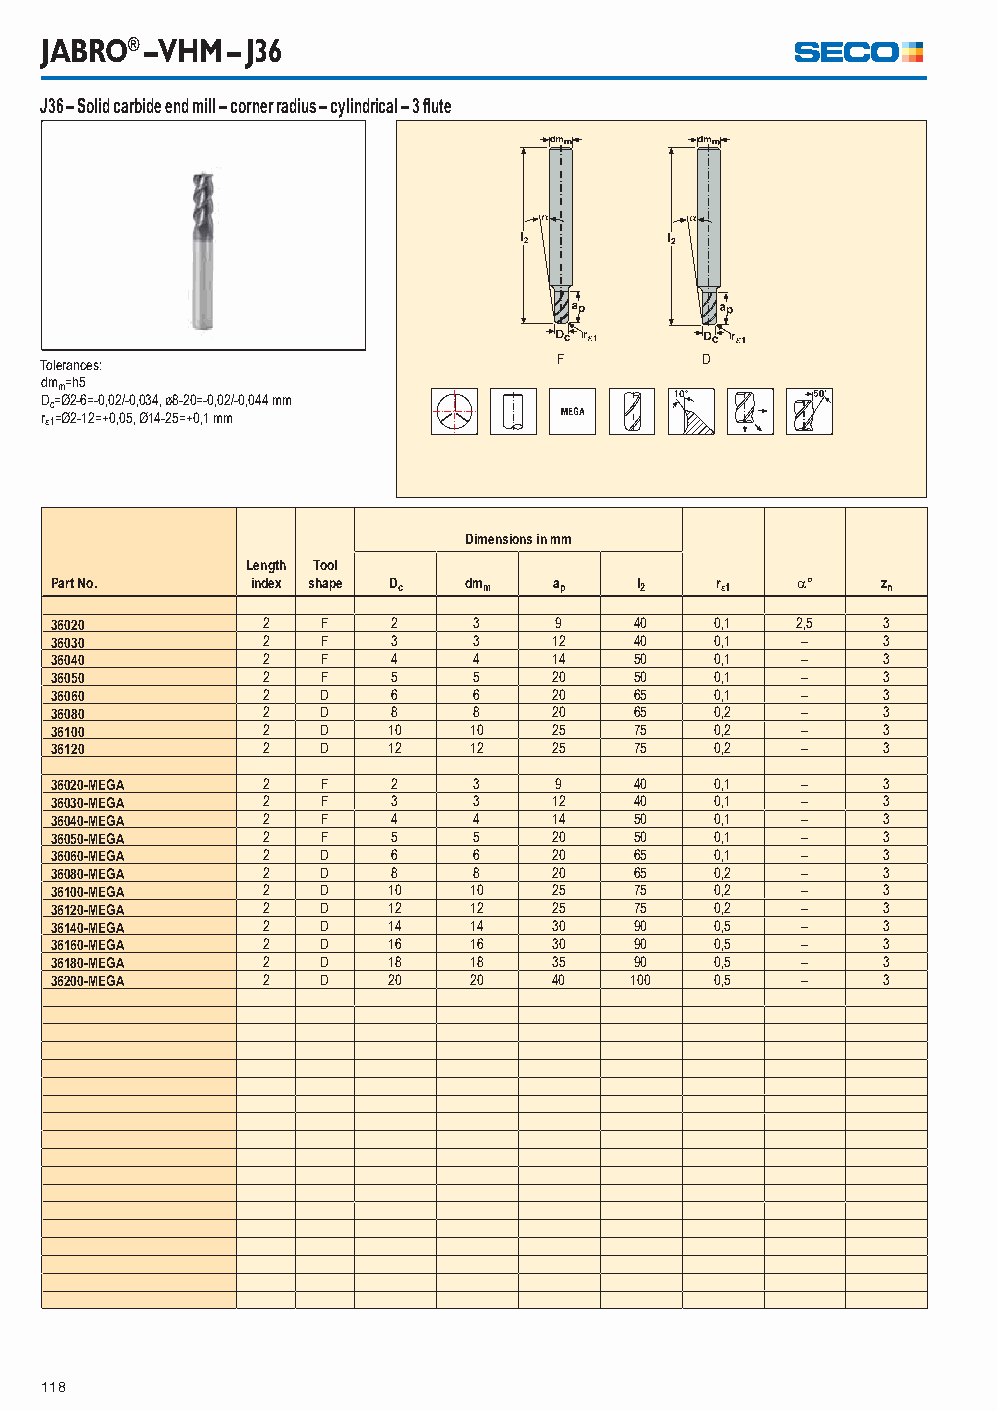
JABRO® – VHM – J36
 J36 – Solid carbide end mill – corner radius – cylindrical – 3 fl ute
 Tolerances:                       F         D
 dmm=h5
 Dc=Ø2-6=-0,02/-0,034, ø8-20=-0,02/-0,044 mm
 r1=Ø2-12=+0,05, Ø14-25=+0,1 mm
 Dimensions in mm
 Length Tool
 Part No.      index shape Dc dmm  ap   l2   r1   °   zn
 36020         2   F    2    3     9    40   0,1   2,5  3
 36030         2   F    3    3     12   40   0,1   –    3
 36040         2   F    4    4     14   50   0,1   –    3
 36050         2   F    5    5     20   50   0,1   –    3
 36060         2   D    6    6     20   65   0,1   –    3
 36080         2   D    8    8     20   65   0,2   –    3
 36100         2   D    10   10    25   75   0,2   –    3
 36120         2   D    12   12    25   75   0,2   –    3
 36020-MEGA    2   F    2    3     9    40   0,1   –    3
 36030-MEGA    2   F    3    3     12   40   0,1   –    3
 36040-MEGA    2   F    4    4     14   50   0,1   –    3
 36050-MEGA    2   F    5    5     20   50   0,1   –    3
 36060-MEGA    2   D    6    6     20   65   0,1   –    3
 36080-MEGA    2   D    8    8     20   65   0,2   –    3
 36100-MEGA    2   D    10   10    25   75   0,2   –    3
 36120-MEGA    2   D    12   12    25   75   0,2   –    3
 36140-MEGA    2   D    14   14    30   90   0,5   –    3
 36160-MEGA    2   D    16   16    30   90   0,5   –    3
 36180-MEGA    2   D    18   18    35   90   0,5   –    3
 36200-MEGA    2   D    20   20    40   100  0,5   –    3
 118